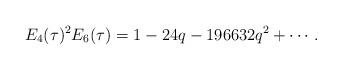
LaTeX: \begin{align*}E_4(\tau)^2E_6(\tau)=1-24q-196632q^2+\cdots.\end{align*}